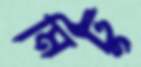
মিটু